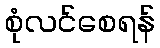
စုံလင်စေရန်